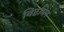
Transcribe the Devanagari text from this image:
विटमिन